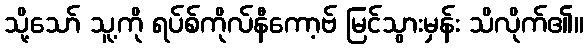
သို့သော် သူ့ကို ရပ်စ်ကိုလ်နီကော့ဗ် မြင်သွားမှန်း သိလိုက်၏။